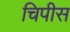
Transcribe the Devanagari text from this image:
चिपीस